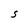
Character: S